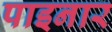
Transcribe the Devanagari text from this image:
पाइनार